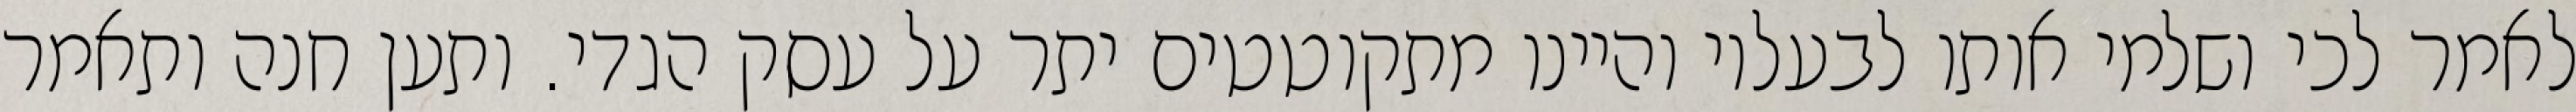
לאמר לכי ושלמי אותו לבעליו והיינו מתקוטטים יתר על עסק הגדי. ותען חנה ותאמר